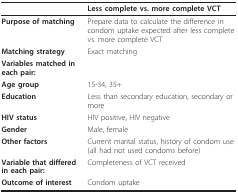
<table><thead><tr><td></td><td><b>Less complete vs. more complete VCT</b></td></tr></thead><tbody><tr><td><b>Purpose of matching</b></td><td>Prepare data to calculate the difference in condom uptake expected after less complete vs. more complete VCT</td></tr><tr><td><b>Matching strategy</b></td><td>Exact matching</td></tr><tr><td><b>Variables matched in each pair:</b></td><td></td></tr><tr><td><b>Age group</b></td><td>15-34, 35+</td></tr><tr><td><b>Education</b></td><td>Less than secondary education, secondary or more</td></tr><tr><td><b>HIV status</b></td><td>HIV positive, HIV negative</td></tr><tr><td><b>Gender</b></td><td>Male, female</td></tr><tr><td><b>Other factors</b></td><td>Current marital status, history of condom use (all had not used condoms before)</td></tr><tr><td><b>Variable that differed in each pair:</b></td><td>Completeness of VCT received</td></tr><tr><td><b>Outcome of interest</b></td><td>Condom uptake</td></tr></tbody></table>